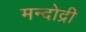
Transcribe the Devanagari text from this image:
मन्दोद्री